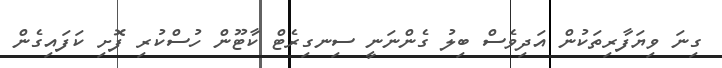
ގިނަ ވިޔަފާރިތަކުން އަދިވެސް ބިލު ގެންނަނީ ސިނގިރެޓް ކާޓޫން ހުސްކުރި ފޮށި ކަފައިގެން